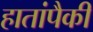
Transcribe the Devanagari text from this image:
हातांपैकी